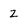
Character: 2